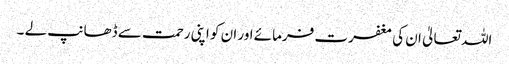
اللہ تعالیٰ ان کی مغفرت فرمائے اور ان کو اپنی رحمت سے ڈھانپ لے ۔